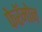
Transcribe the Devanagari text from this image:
फेरॅमोन